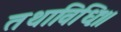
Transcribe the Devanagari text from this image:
तथाविधिः॥